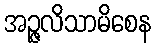
အဉ္ဇလိသာမိစေန